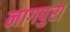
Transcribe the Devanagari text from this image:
नागपुरा